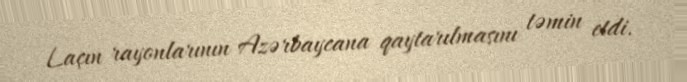
Laçın rayonlarının Azərbaycana qaytarılmasını təmin etdi.